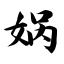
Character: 娲